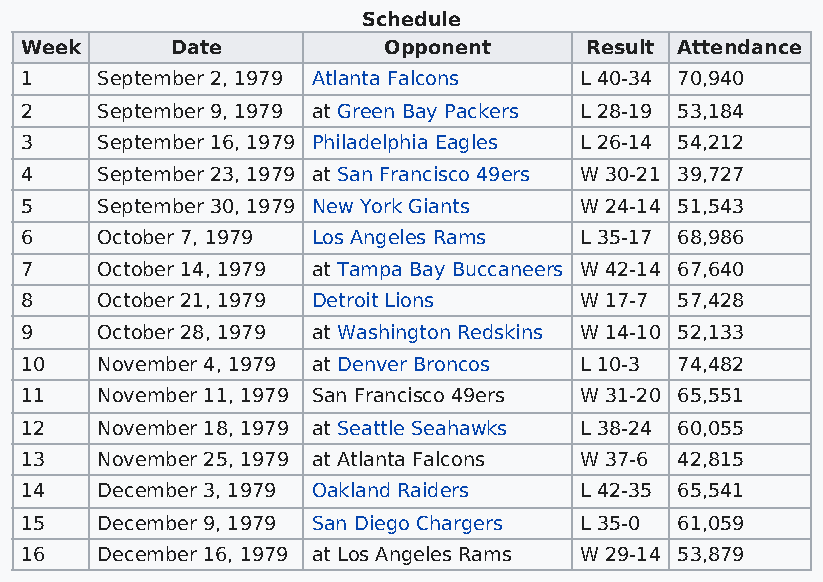
Schedule
 Week      Date          Opponent      Result Attendance
 1    September 2, 1979 Atlanta Falcons L 40-34 70,940
 2    September 9, 1979 at Green Bay Packers L 28-19 53,184
 3    September 16, 1979 Philadelphia Eagles L 26-14 54,212
 4    September 23, 1979 at San Francisco 49ers W 30-21 39,727
 5    September 30, 1979 New York Giants W 24-14 51,543
 6    October 7, 1979 Los Angeles Rams L 35-17 68,986
 7    October 14, 1979 at Tampa Bay Buccaneers W 42-14 67,640
 8    October 21, 1979 Detroit Lions  W 17-7 57,428
 9    October 28, 1979 at Washington Redskins W 14-10 52,133
 10   November 4, 1979 at Denver Broncos L 10-3 74,482
 11   November 11, 1979 San Francisco 49ers W 31-20 65,551
 12   November 18, 1979 at Seattle Seahawks L 38-24 60,055
 13   November 25, 1979 at Atlanta Falcons W 37-6 42,815
 14   December 3, 1979 Oakland Raiders L 42-35 65,541
 15   December 9, 1979 San Diego Chargers L 35-0 61,059
 16   December 16, 1979 at Los Angeles Rams W 29-14 53,879